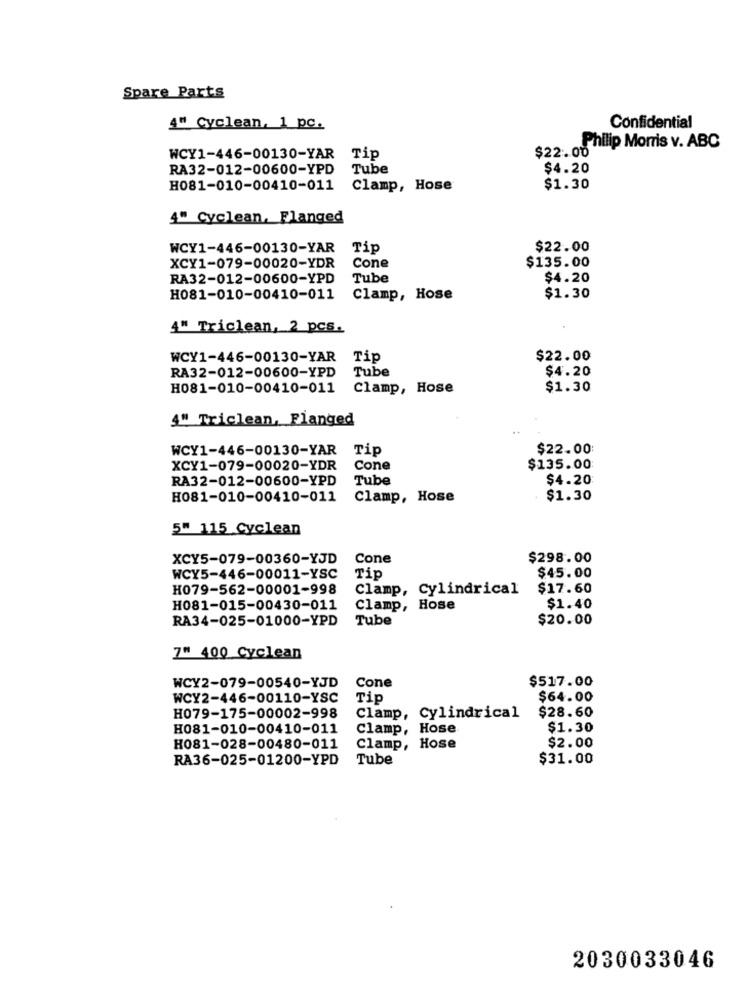
Spare Parts
4" Cyclean, 1 pc.
Confidential
$22.00"
Philip Morris v. ABC
WCY1-446-00130-YAR
Tip
RA32-012-00600-YPD
Tube
$4.20
H081-010-00410-011
Clamp, Hose
$1.30
4" Cyclean, Flanged
WCY1-446-00130-YAR
Tip
$22.00
Cone
$135.00
XCY1-079-00020-YDR
RA32-012-00600-YPD
Tube
$4.20
H081-010-00410-011
Clamp, Hose
$1.30
4" Triclean, 2 pcs.
WCY1-446-00130-YAR Tip
$22.00
RA32-012-00600-YPD
Tube
$4.20
H081-010-00410-011
Clamp, Hose
$1.30
4" Triclean, Flanged
WCY1-446-00130-YAR Tip
$22.00
XCY1-079-00020-YDR
Cone
$135.00
RA32-012-00600-YPD
Tube
$4.20
H081-010-00410-011
Clamp, Hose
$1.30
5" 115 Cyclean
XCY5-079-00360-YJD
Cone
$298.00
WCY5-446-00011-YSC
Tip
$45.00
H079-562-00001-998
Clamp, Cylindrical
$17.60
H081-015-00430-011
Clamp, Hose
$1.40
RA34-025-01000-YPD
Tube
$20.00
7" 400 Cyclean
WCY2-079-00540-YJD
Cone
$517.00
WCY2-446-00110-YSC
Tip
$64.00
H079-175-00002-998
$28.60
Clamp, Cylindrical
H081-010-00410-011
Clamp, Hose
$1.30
$2.00
H081-028-00480-011
Clamp, Hose
RA36-025-01200-YPD
Tube
$31.00
2030033046